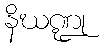
နိဃဏ္ဍု